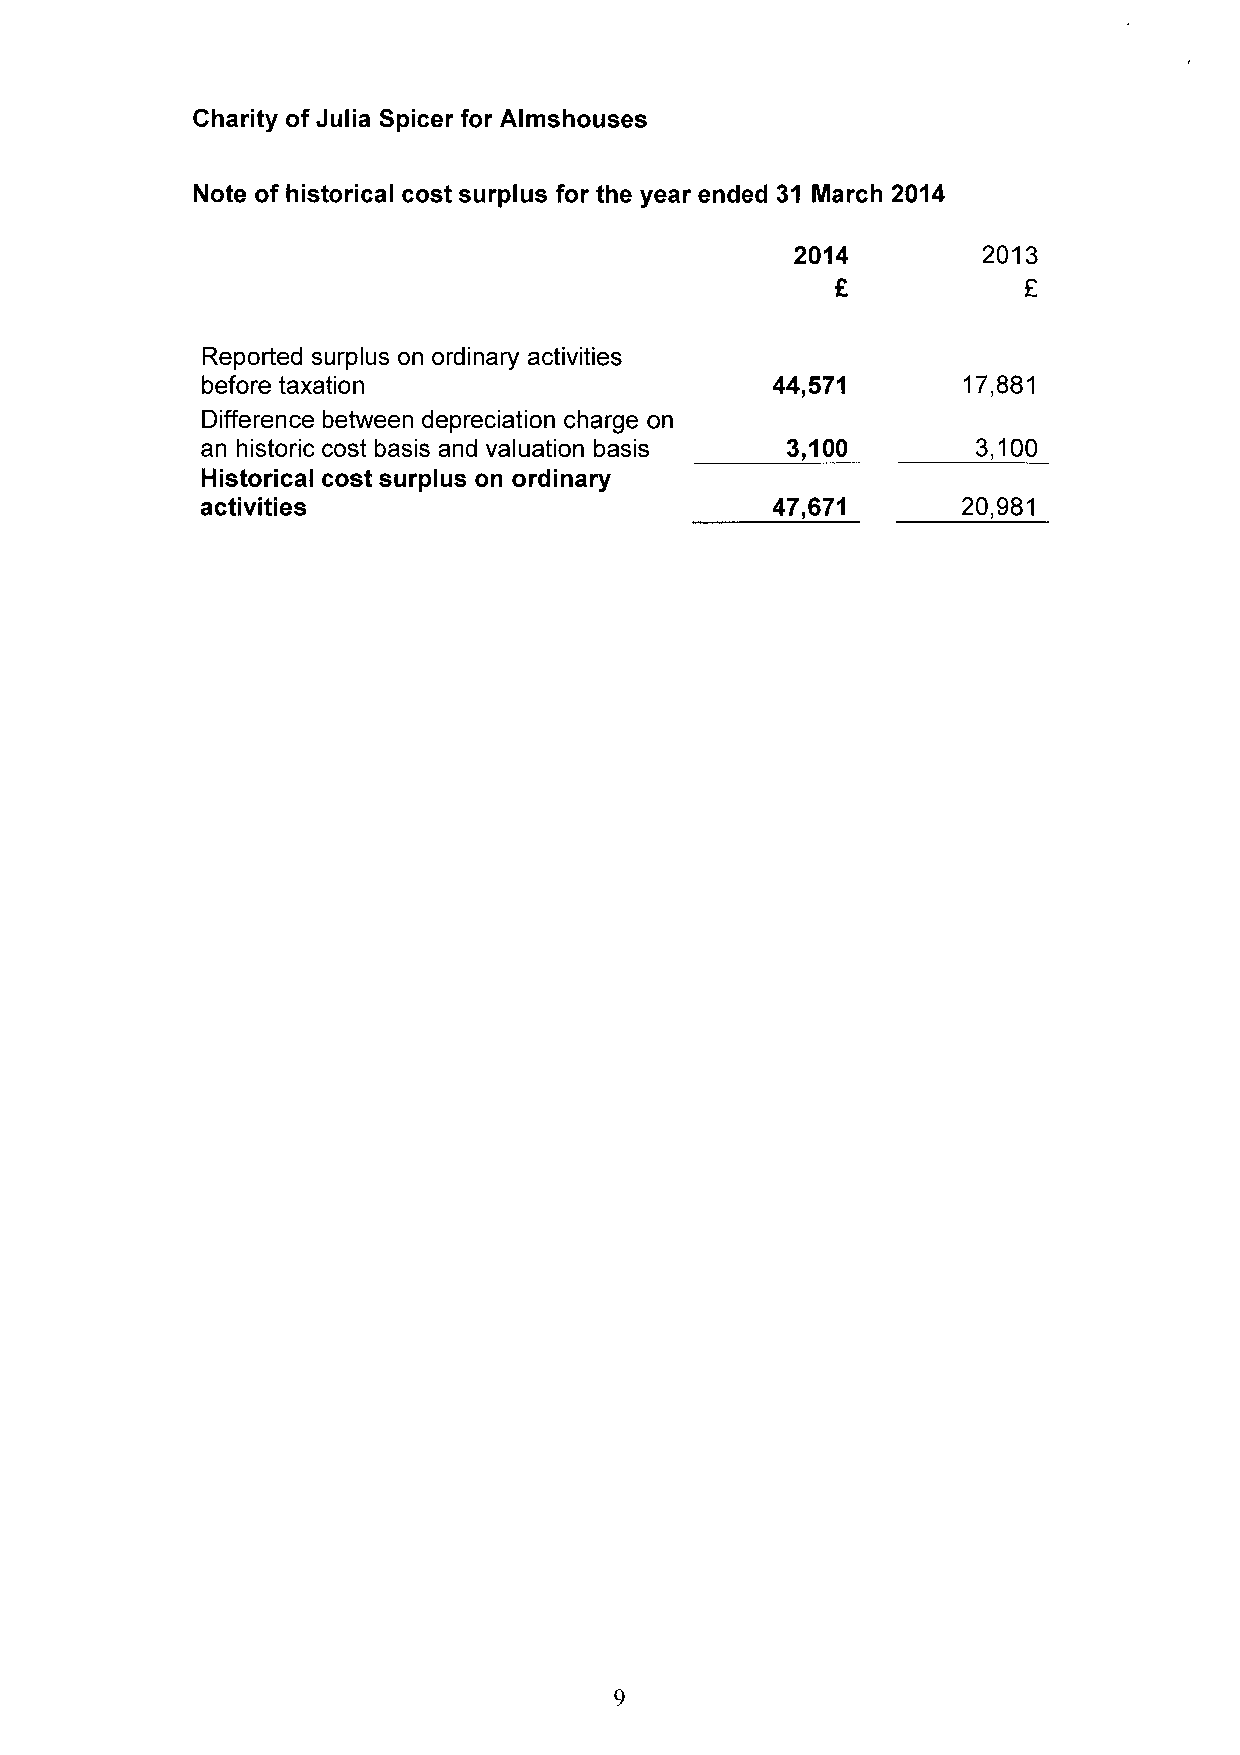
Charity of Julia Spicer for Almshouses
 Note of historical cost surplus for the year ended 31 March 2014
 2014        2013
 E
 Reported surplus on ordinary activities
 before taxation                       44,571       17,881
 Difference between depreciation charge on
 an historic cost basis and valuation basis 3,100    3,100
 Historical cost surplus on ordinary
 activities                            47,671       20,981